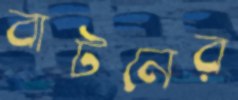
বাটনের